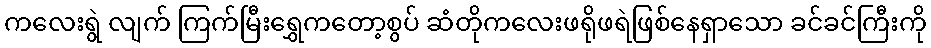
ကလေးရွဲ လျက် ကြက်မြီးရွှေကတော့စွပ် ဆံတိုကလေးဖရိုဖရဲဖြစ်နေရှာသော ခင်ခင်ကြီးကို